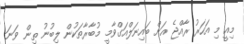
މިއީ މި އަހަރު ރާއްޖެ އަށް ބައިނަލްއަގްވާމީ މުބާރާތަކުން ލިބުނު ތިން ވަނަ